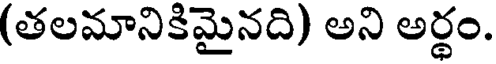
(తలమానికిమైనది) అని అర్థం.